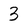
Character: 3